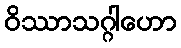
ဝိဿာသဂ္ဂါဟော